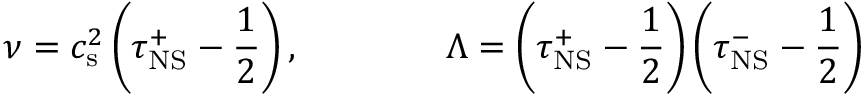
\nu = c _ { \mathrm { s } } ^ { 2 } \left( \tau _ { \mathrm { N S } } ^ { + } - \frac { 1 } { 2 } \right) , \qquad \qquad \Lambda = \left( \tau _ { \mathrm { N S } } ^ { + } - \frac { 1 } { 2 } \right) \left( \tau _ { \mathrm { N S } } ^ { - } - \frac { 1 } { 2 } \right)